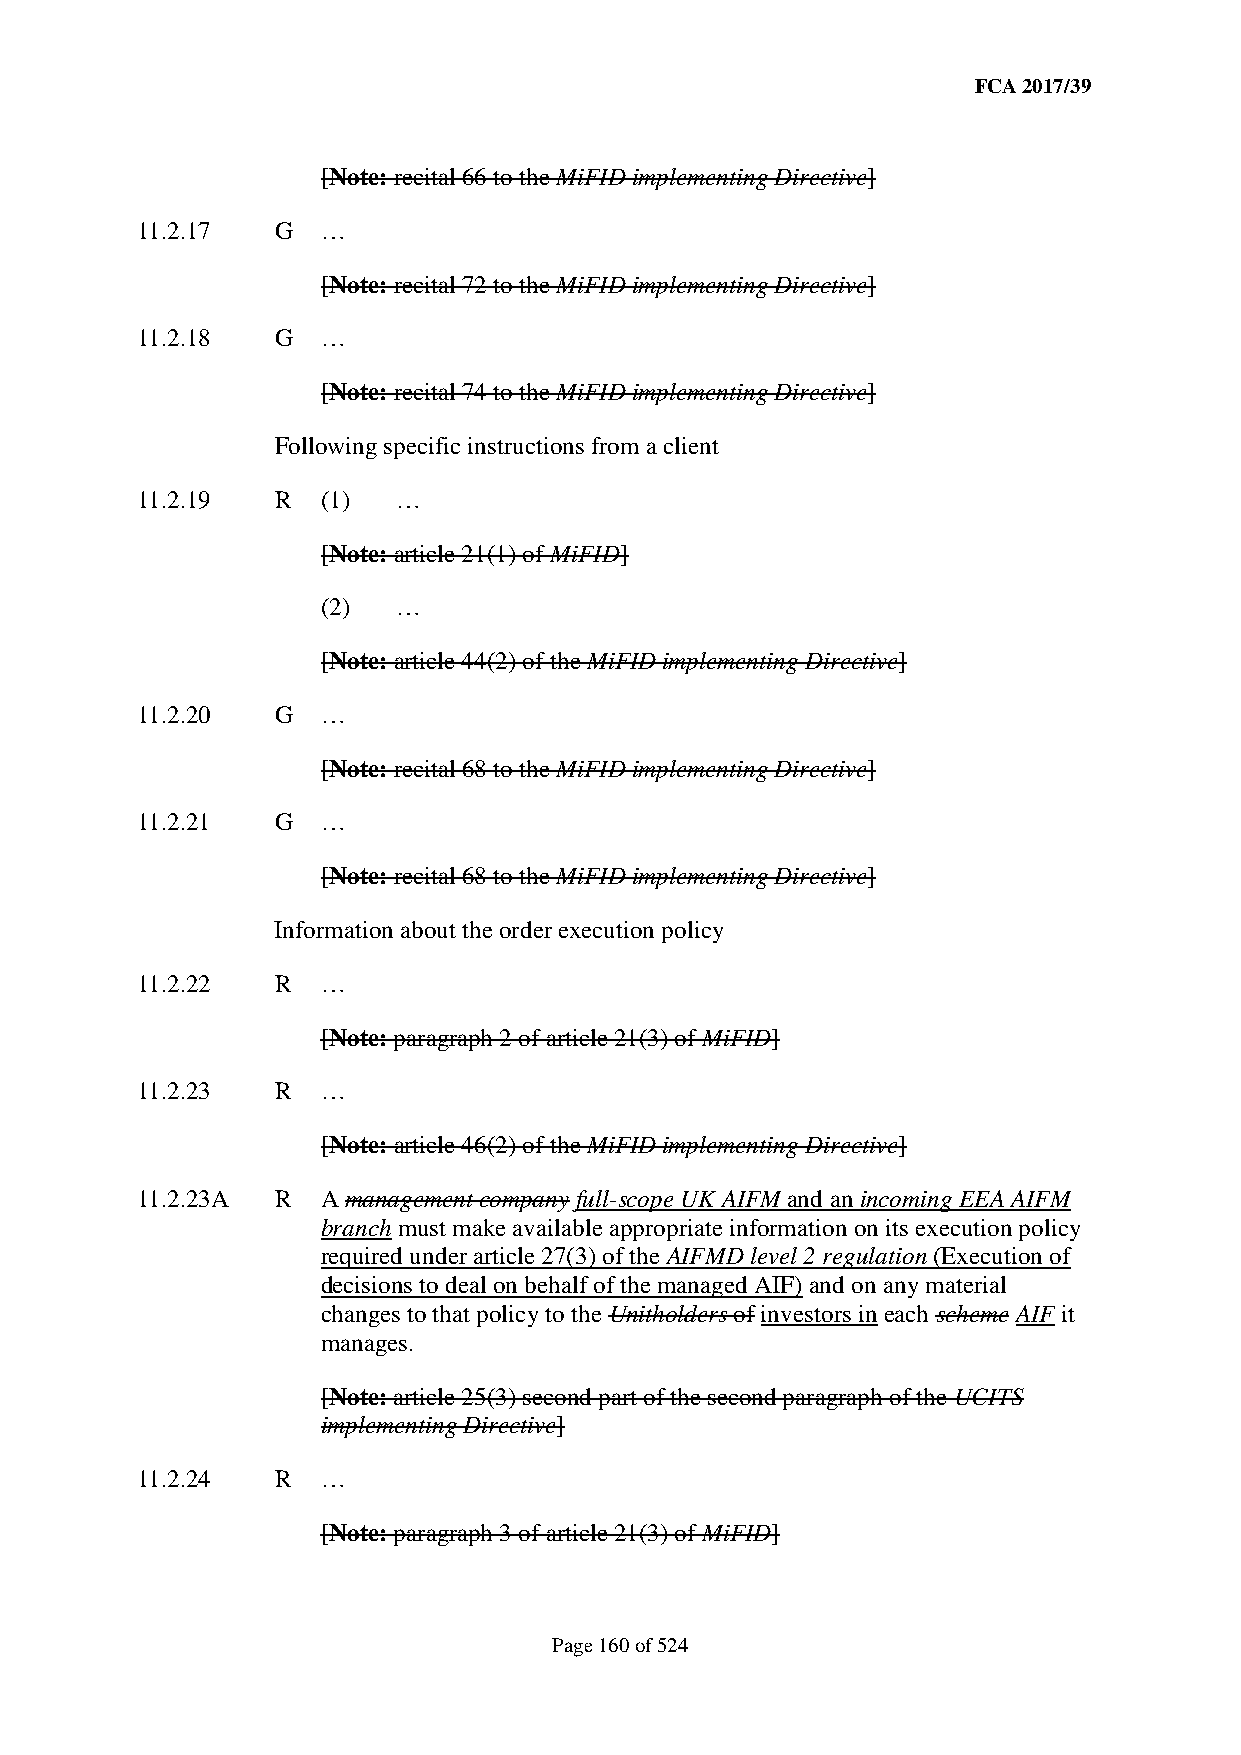
FCA 2017/39
 [Note: recital 66 to the MiFID implementing Directive]
 11.2.17  G  …
 [Note: recital 72 to the MiFID implementing Directive]
 11.2.18  G  …
 [Note: recital 74 to the MiFID implementing Directive]
 Following specific instructions from a client
 11.2.19  R  (1)  …
 [Note: article 21(1) of MiFID]
 (2)  …
 [Note: article 44(2) of the MiFID implementing Directive]
 11.2.20  G  …
 [Note: recital 68 to the MiFID implementing Directive]
 11.2.21  G  …
 [Note: recital 68 to the MiFID implementing Directive]
 Information about the order execution policy
 11.2.22  R  …
 [Note: paragraph 2 of article 21(3) of MiFID]
 11.2.23  R  …
 [Note: article 46(2) of the MiFID implementing Directive]
 11.2.23A R  A management company full-scope UK AIFM and an incoming EEA AIFM
 branch must make available appropriate information on its execution policy
 required under article 27(3) of the AIFMD level 2 regulation (Execution of
 decisions to deal on behalf of the managed AIF) and on any material
 changes to that policy to the Unitholders of investors in each scheme AIF it
 manages.
 [Note: article 25(3) second part of the second paragraph of the UCITS
 implementing Directive]
 11.2.24  R  …
 [Note: paragraph 3 of article 21(3) of MiFID]
 Page 160 of 524